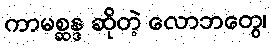
ကာမစ္ဆန္ဒ ဆိုတဲ့ လောဘတွေ၊